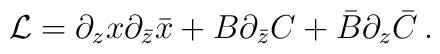
{\cal L} = \partial_zx\partial_{\bar z}\bar x  + B\partial_{\bar z}C + \bar B\partial_z\bar C \, .